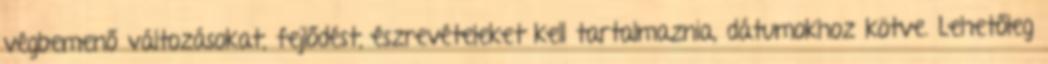
végbemenő változásokat, fejlődést, észrevételeket kell tartalmaznia, dátumokhoz kötve. Lehetőleg